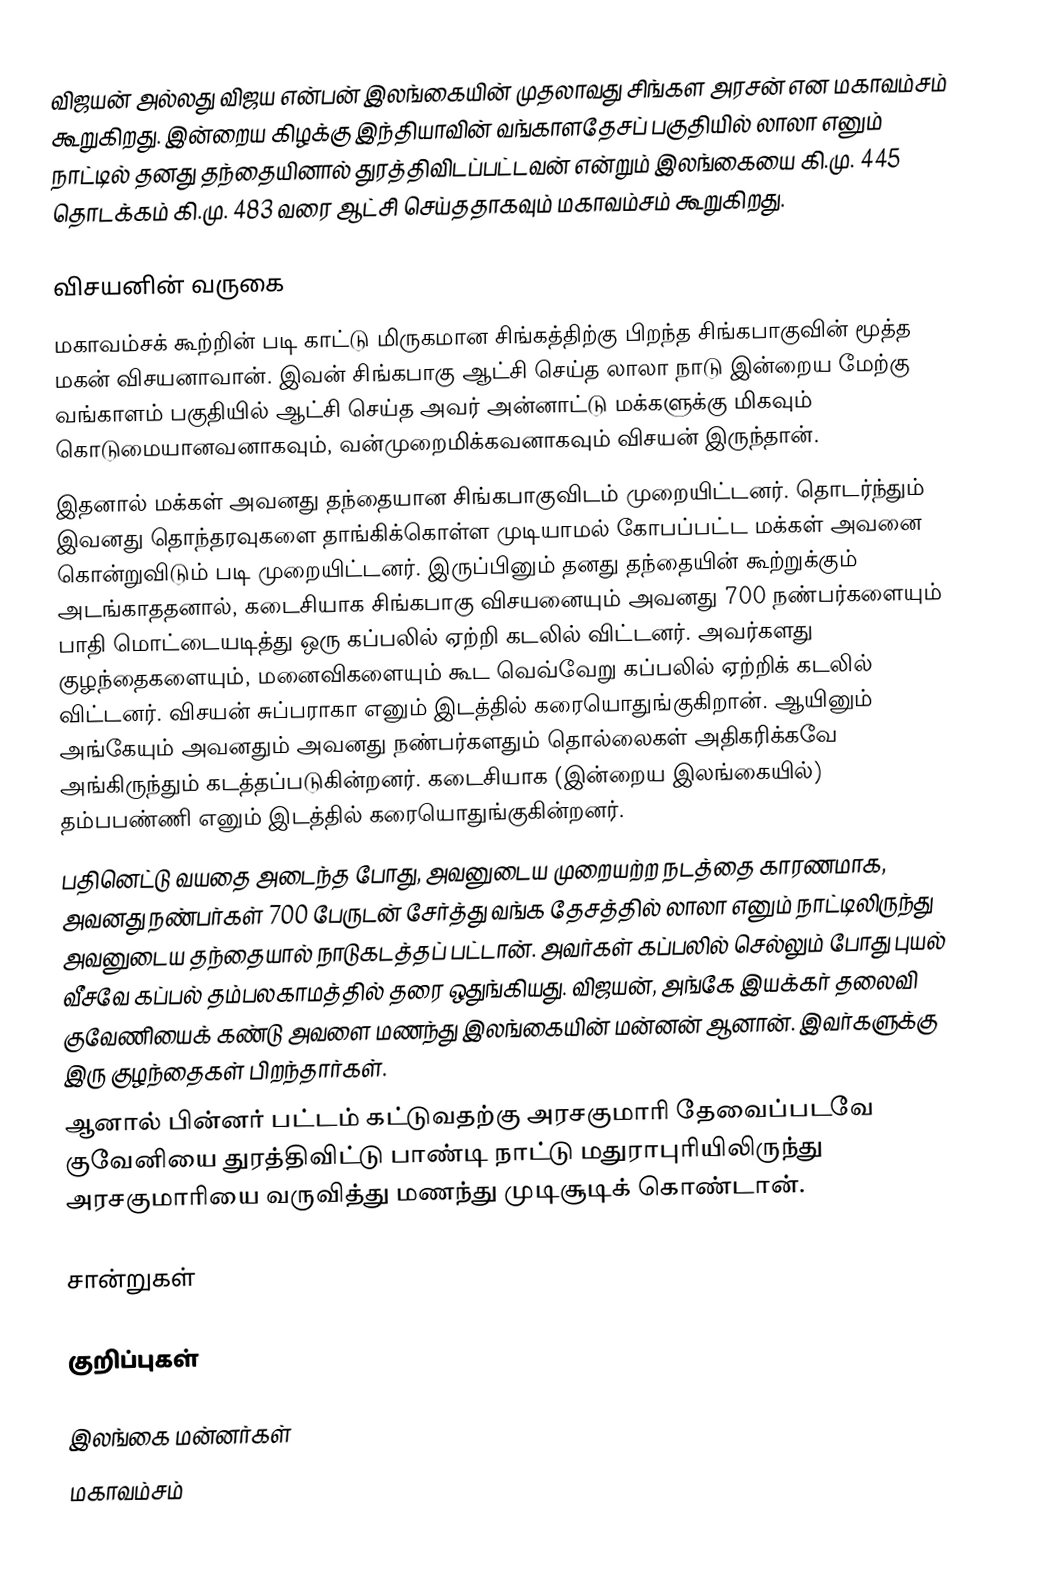
விஜயன் அல்லது விஜய என்பன் இலங்கையின் முதலாவது சிங்கள அரசன் என மகாவம்சம் கூறுகிறது. இன்றைய கிழக்கு இந்தியாவின் வங்காளதேசப் பகுதியில் லாலா எனும் நாட்டில் தனது தந்தையினால் துரத்திவிடப்பட்டவன் என்றும் இலங்கையை கி.மு. 445 தொடக்கம் கி.மு. 483 வரை ஆட்சி செய்ததாகவும் மகாவம்சம் கூறுகிறது.

விசயனின் வருகை
 மகாவம்சக் கூற்றின் படி காட்டு மிருகமான சிங்கத்திற்கு பிறந்த சிங்கபாகுவின் மூத்த மகன் விசயனாவான். இவன் சிங்கபாகு ஆட்சி செய்த லாலா நாடு இன்றைய மேற்கு வங்காளம் பகுதியில் ஆட்சி செய்த அவர் அன்னாட்டு மக்களுக்கு மிகவும் கொடுமையானவனாகவும், வன்முறைமிக்கவனாகவும் விசயன் இருந்தான்.
 இதனால் மக்கள் அவனது தந்தையான சிங்கபாகுவிடம் முறையிட்டனர். தொடர்ந்தும் இவனது தொந்தரவுகளை தாங்கிக்கொள்ள முடியாமல் கோபப்பட்ட மக்கள் அவனை கொன்றுவிடும் படி முறையிட்டனர். இருப்பினும் தனது தந்தையின் கூற்றுக்கும் அடங்காததனால், கடைசியாக சிங்கபாகு விசயனையும் அவனது 700 நண்பர்களையும் பாதி மொட்டையடித்து ஒரு கப்பலில் ஏற்றி கடலில் விட்டனர். அவர்களது குழந்தைகளையும், மனைவிகளையும் கூட வெவ்வேறு கப்பலில் ஏற்றிக் கடலில் விட்டனர். விசயன் சுப்பராகா எனும் இடத்தில் கரையொதுங்குகிறான். ஆயினும் அங்கேயும் அவனதும் அவனது நண்பர்களதும் தொல்லைகள் அதிகரிக்கவே அங்கிருந்தும் கடத்தப்படுகின்றனர். கடைசியாக (இன்றைய இலங்கையில்) தம்பபண்ணி எனும் இடத்தில் கரையொதுங்குகின்றனர்.
 பதினெட்டு வயதை அடைந்த போது, அவனுடைய முறையற்ற நடத்தை காரணமாக, அவனது நண்பர்கள் 700 பேருடன் சேர்த்து வங்க தேசத்தில் லாலா எனும் நாட்டிலிருந்து அவனுடைய தந்தையால் நாடுகடத்தப் பட்டான். அவர்கள் கப்பலில் செல்லும் போது புயல் வீசவே கப்பல் தம்பலகாமத்தில் தரை ஒதுங்கியது. விஜயன், அங்கே இயக்கர் தலைவி குவேணியைக் கண்டு அவளை மணந்து இலங்கையின் மன்னன் ஆனான். இவர்களுக்கு இரு குழந்தைகள் பிறந்தார்கள்.
 ஆனால் பின்னர் பட்டம் கட்டுவதற்கு அரசகுமாரி தேவைப்படவே குவேனியை துரத்திவிட்டு பாண்டி நாட்டு மதுராபுரியிலிருந்து அரசகுமாரியை வருவித்து மணந்து முடிசூடிக் கொண்டான்.

சான்றுகள்

குறிப்புகள்

இலங்கை மன்னர்கள்
மகாவம்சம்